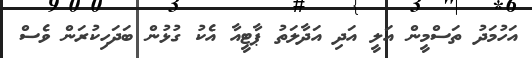
އަހުމަދު ތަސްމީން އަލީ އަދި އަދާލަތު ޕާޓީއާ އެކު ގުޅުން ބަދަހިކުރަން ވެސް